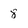
Character: 8